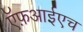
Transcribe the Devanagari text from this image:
ऍफ़आईएच